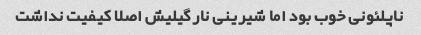
ناپلئونی خوب بود اما شیرینی نارگیلیش اصلا کیفیت نداشت